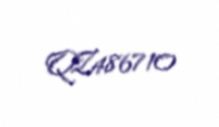
QZ486710